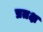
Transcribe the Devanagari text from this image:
प्रतक्ष